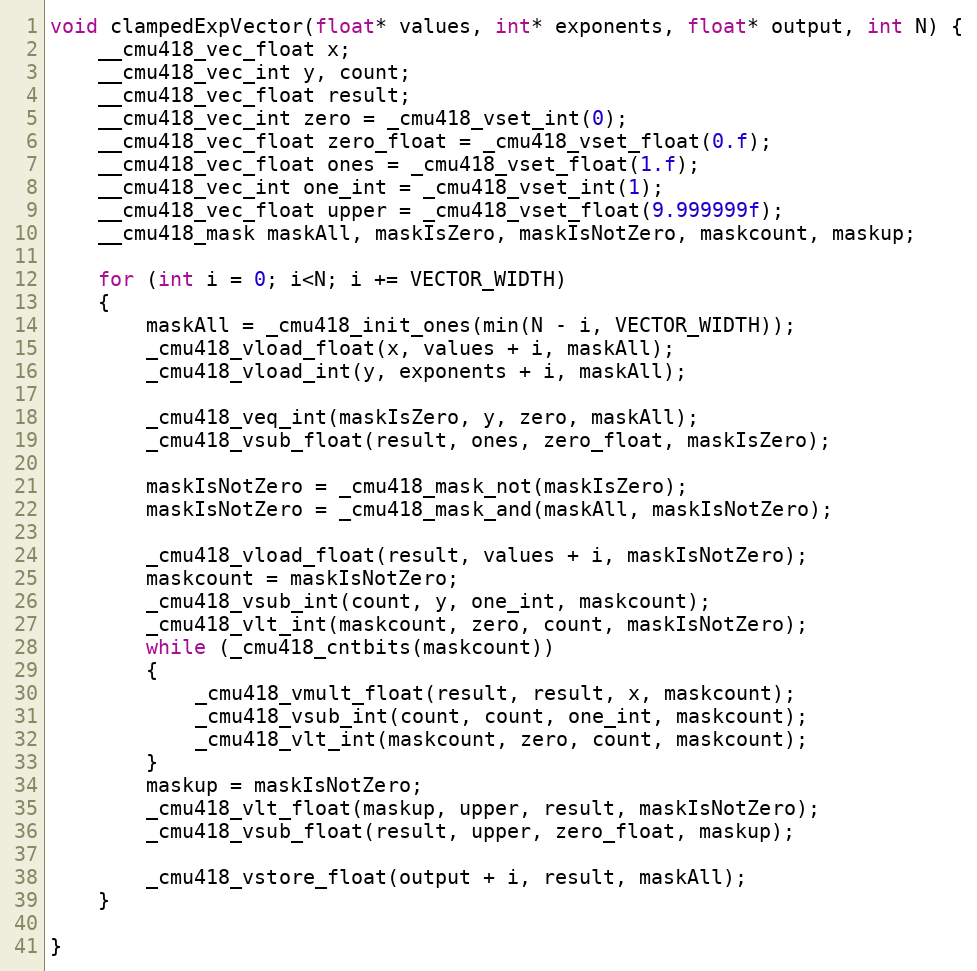
Language: C++
void clampedExpVector(float* values, int* exponents, float* output, int N) {
	__cmu418_vec_float x;
	__cmu418_vec_int y, count;
	__cmu418_vec_float result;
	__cmu418_vec_int zero = _cmu418_vset_int(0);
	__cmu418_vec_float zero_float = _cmu418_vset_float(0.f);
	__cmu418_vec_float ones = _cmu418_vset_float(1.f);
	__cmu418_vec_int one_int = _cmu418_vset_int(1);
	__cmu418_vec_float upper = _cmu418_vset_float(9.999999f);
	__cmu418_mask maskAll, maskIsZero, maskIsNotZero, maskcount, maskup;

	for (int i = 0; i<N; i += VECTOR_WIDTH)
	{
		maskAll = _cmu418_init_ones(min(N - i, VECTOR_WIDTH));
		_cmu418_vload_float(x, values + i, maskAll);
		_cmu418_vload_int(y, exponents + i, maskAll);

		_cmu418_veq_int(maskIsZero, y, zero, maskAll);
		_cmu418_vsub_float(result, ones, zero_float, maskIsZero);

		maskIsNotZero = _cmu418_mask_not(maskIsZero);
		maskIsNotZero = _cmu418_mask_and(maskAll, maskIsNotZero);

		_cmu418_vload_float(result, values + i, maskIsNotZero);
		maskcount = maskIsNotZero;
		_cmu418_vsub_int(count, y, one_int, maskcount);
		_cmu418_vlt_int(maskcount, zero, count, maskIsNotZero);
		while (_cmu418_cntbits(maskcount))
		{
			_cmu418_vmult_float(result, result, x, maskcount);
			_cmu418_vsub_int(count, count, one_int, maskcount);
			_cmu418_vlt_int(maskcount, zero, count, maskcount);
		}
		maskup = maskIsNotZero;
		_cmu418_vlt_float(maskup, upper, result, maskIsNotZero);
		_cmu418_vsub_float(result, upper, zero_float, maskup);

		_cmu418_vstore_float(output + i, result, maskAll);
	}

}